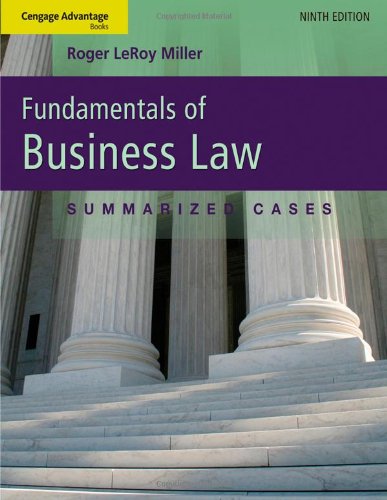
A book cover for Cengage Advantage Books: Fundamentals of Business Law: Summarized Cases; Roger LeRoy Miller; Law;